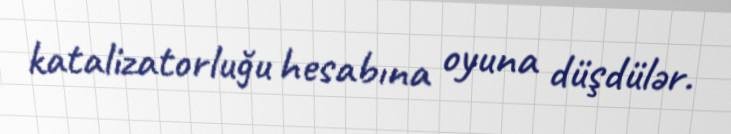
katalizatorluğu hesabına oyuna düşdülər.